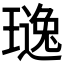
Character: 𱯤